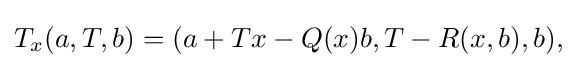
\displaystyle {T_{x}(a,T,b)=(a+Tx-Q(x)b,T-R(x,b),b),}